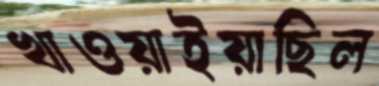
খাওয়াইয়াছিল